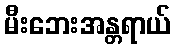
မီးဘေးအန္တရာယ်